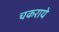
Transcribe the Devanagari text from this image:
चकराये